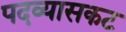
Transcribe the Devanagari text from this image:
पदव्यासकट